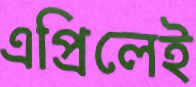
এপ্রিলেই